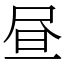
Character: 昼